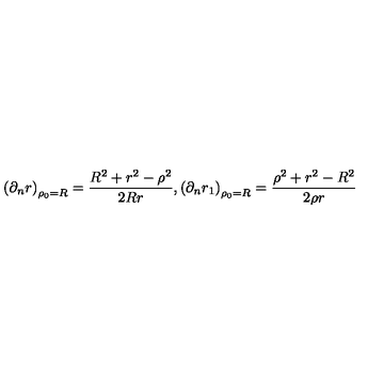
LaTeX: \left( \partial _ { n } r \right) _ { \rho _ { 0 } = R } = { \frac { R ^ { 2 } + r ^ { 2 } - \rho ^ { 2 } } { 2 R r } } , \left( \partial _ { n } r _ { 1 } \right) _ { \rho _ { 0 } = R } = { \frac { \rho ^ { 2 } + r ^ { 2 } - R ^ { 2 } } { 2 \rho r } }